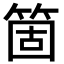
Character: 箇